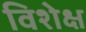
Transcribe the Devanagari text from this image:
विशेक्ष